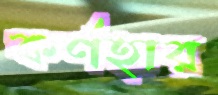
কর্ণহার